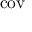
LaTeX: \textstyle \operatorname { c o v }